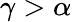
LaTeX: \gamma>\alpha